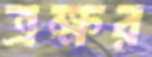
ত্রক্ষর